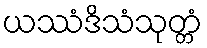
ယဿံဒိသံသုတ္တံ